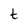
Character: t